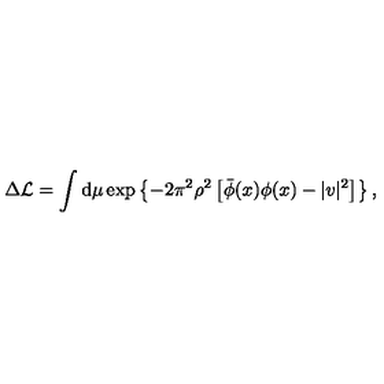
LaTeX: \Delta { \cal L } = \int \mathrm { d } \mu \exp \left\{ - 2 \pi ^ { 2 } \rho ^ { 2 } \left[ \bar { \phi } ( x ) \phi ( x ) - | v | ^ { 2 } \right] \right\} ,